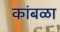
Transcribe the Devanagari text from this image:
कांबळा